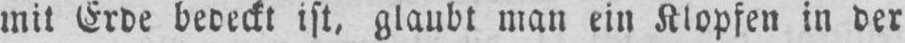
mit Erde bedeckt ist, glaubt man ein Klopfen in der